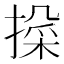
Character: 𫽱